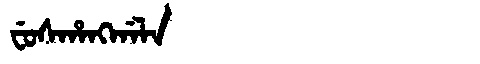
Manchu: ᠸᡠᠰᡥᠠᠩᡤᠠᠯᠠ
Romanization: FUSHANGGALA